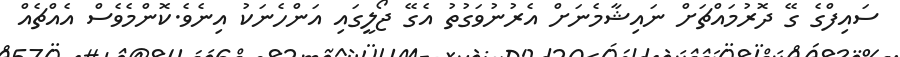
ސައިފްގެ ގޭ ދޮރުމައްޗަށް ނައިޝާމެނަށް އެރުނުވަގުތު އެގޭ ޖޯލީގައި އަންހެނަކު އިނެވެ.ކޮންމެވެސް އެއްޗެއް